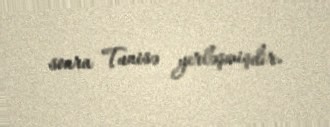
sonra Tunisə yerləşmişdir.